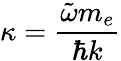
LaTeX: \kappa=\frac{\tilde{\omega}m_{e}}{\hbar k}